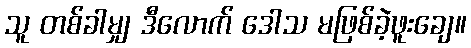
သူ တစ်ခါမျှ ဒီလောက် ဒေါသ မဖြစ်ခဲ့ဖူးချေ။